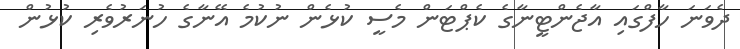
ދެވަނަ ހާފްގައި އާޖެންޓީނާގެ ކެޕްޓަން މެސީ ކުޅެން ނުކުމެ އޭނާގެ ހުނަރުވެރި ކުޅުން